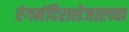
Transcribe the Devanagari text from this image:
रंगमंदिराशेजारच्या